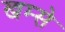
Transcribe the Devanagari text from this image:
खम्से